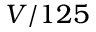
V / 1 2 5